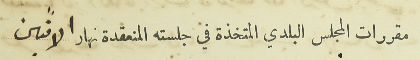
مقررات المجلس البلدي المتخذة في جلسته المنعقدة نهار الاثنين